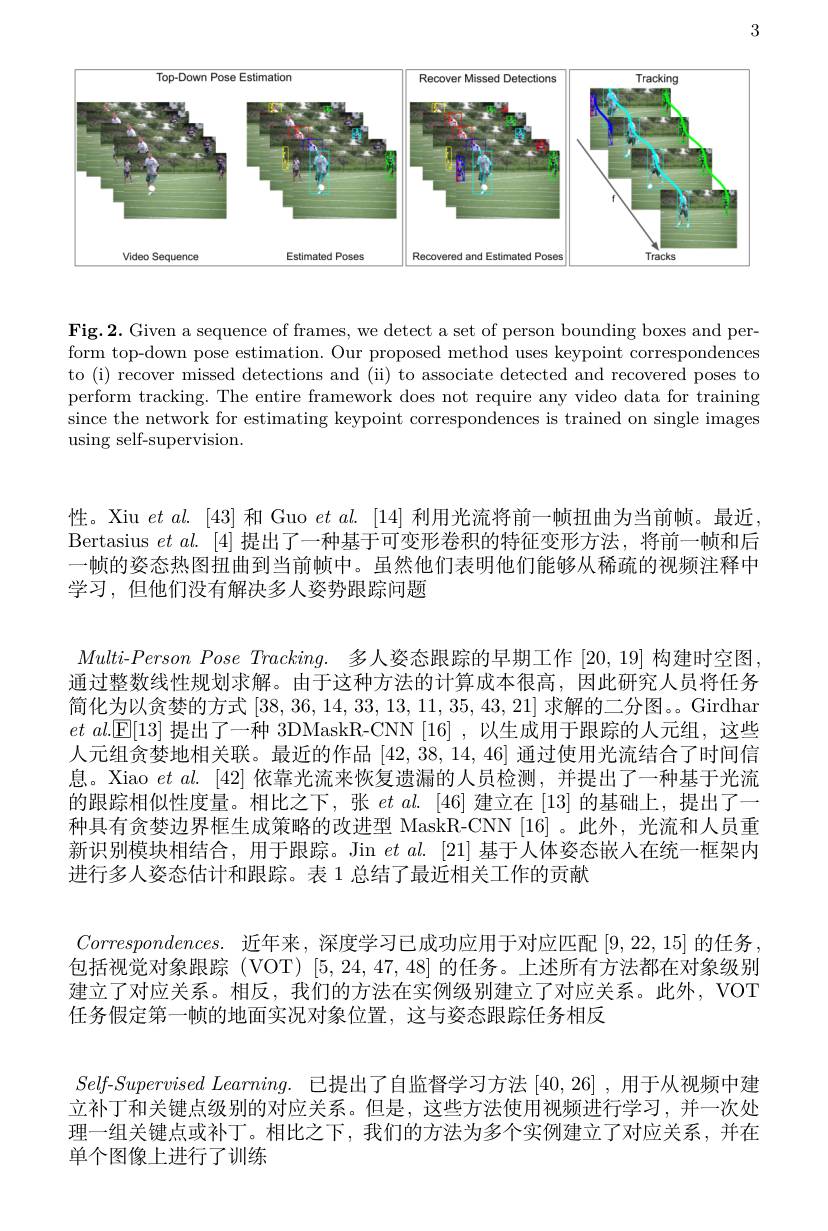
3

<FigureHere>

Fig.2. Given a sequence of frames, we detect a set of person bounding boxes and perform top-down pose estimation. Our proposed method uses keypoint correspondences to (i) recover missed detections and (ii) to associate detected and recovered poses to perform tracking. The entire framework does not require any video data for training since the network for estimating keypoint correspondences is trained on single images ${\mathrm{using~self-supervision.}}$

性。Xiu $etal.[43]$和 Guo $etal.[14]$利用光流将前一帧扭曲为当前帧。最近Bertasius $et$ al.[4]提出了一种基于可变形卷积的特征变形方法，将前一帧和后一帧的姿态热图扭曲到当前帧中。虽然他们表明他们能够从稀疏的视频注释中学习，但他们没有解决多人姿势跟踪问题

Multi-Person Pose Tracking. 多人姿态跟踪的早期工作[20,19]构建时空图， 通过整数线性规划求解。由于这种方法的计算成本很高，因此研究人员将任务简化为以贪婪的方式[38,36,14,33,13,11,35,43,21]求解的二分图。Girdhar $et~al.[\mathbb{E}[13]~$提出了一种 3DMaskR-CNN [16] ,以生成用于跟踪的人元组，这些人元组贪婪地相关联。最近的作品[42,38,14,46]通过使用光流结合了时间信息。Xiao $et\textit{al. [ 42] 依 靠 光 流 来 恢 复 遗 漏 的 人 员 检 测 , 并 提 出 了 一 种 基 于 光 流 }$ 的跟踪相似性度量。相比之下，张$etal.$ [46]建立在 [13] 的基础上，提出了一种具有贪婪边界框生成策略的改进型 MaskR-CNN [16]。此外，光流和人员重新识别模块相结合，用于跟踪。Jin $et\textit{al. [ 21] 基 于 人 体 姿 态 嵌 人 在 统 一 框 架 内 }$ 进行多人姿态估计和跟踪。表 1 总结了最近相关工作的贡献
$Correspondences.$近年来，深度学习已成功应用于对应匹配[9,22,15]的任务， 包括视觉对象跟踪(VOT)[5,24,47,48]的任务。上述所有方法都在对象级别建立了对应关系。相反，我们的方法在实例级别建立了对应关系。此外，VOT 任务假定第一帧的地面实况对象位置，这与姿态跟踪任务相反
$Self-Supervised~Learning.~$已提出了自监督学习方法 $[40,26]~,~$用于从视频中建立补丁和关键点级别的对应关系。但是，这些方法使用视频进行学习，并一次处理一组关键点或补丁。相比之下，我们的方法为多个实例建立了对应关系，并在单个图像上进行了训练